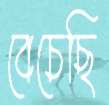
বেচেছি